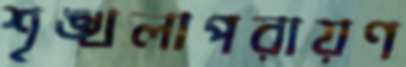
শৃঙ্খলাপরায়ণ